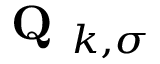
\textbf { Q } _ { k , \sigma }